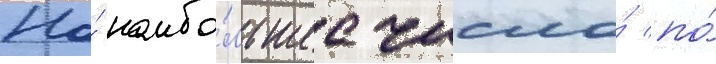
Но́ наибо́льшее число́ по́